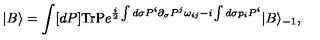
| B \rangle = \int [ d P ] \mathrm { T r P } e ^ { \frac { i } { 2 } \int d \sigma P ^ { i } \partial _ { \sigma } P ^ { j } \omega _ { i j } - i \int d \sigma p _ { i } P ^ { i } } | B \rangle _ { - 1 } ,